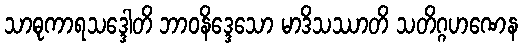
သာဓုကာရသဒ္ဒေါတိ ဘာဝနိဒ္ဒေသော မာဒိသဿာတိ သတိဂ္ဂဟဏေန